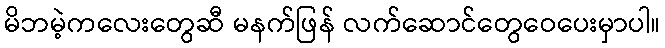
မိဘမဲ့ကလေးတွေဆီ မနက်ဖြန် လက်ဆောင်တွေဝေပေးမှာပါ။